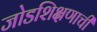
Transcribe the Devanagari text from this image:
जोडशिक्षणाची